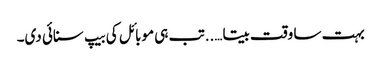
بہت سا وقت بیتا…..تب ہی موبائل کی بیپ سنائی دی۔